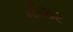
નીઝર